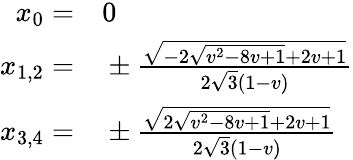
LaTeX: \begin{array}{rl}{x_{0}=}&{{}0}\\ {x_{1,2}=}&{{}\pm\frac{\sqrt{-2\sqrt{v^{2}-8v+1}+2v+1}}{2\sqrt{3}(1-v)}}\\ {x_{3,4}=}&{{}\pm\frac{\sqrt{2\sqrt{v^{2}-8v+1}+2v+1}}{2\sqrt{3}(1-v)}}\end{array}